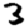
Digit: 3